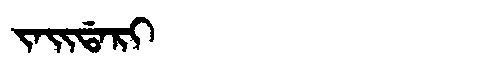
Manchu: ᠵᠠᡳᡩᠠᡵᡳ
Romanization: JAIDARI